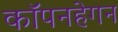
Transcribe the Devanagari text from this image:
कॉपनहेगन